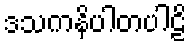
ဒသကနိပါတပါဠိ